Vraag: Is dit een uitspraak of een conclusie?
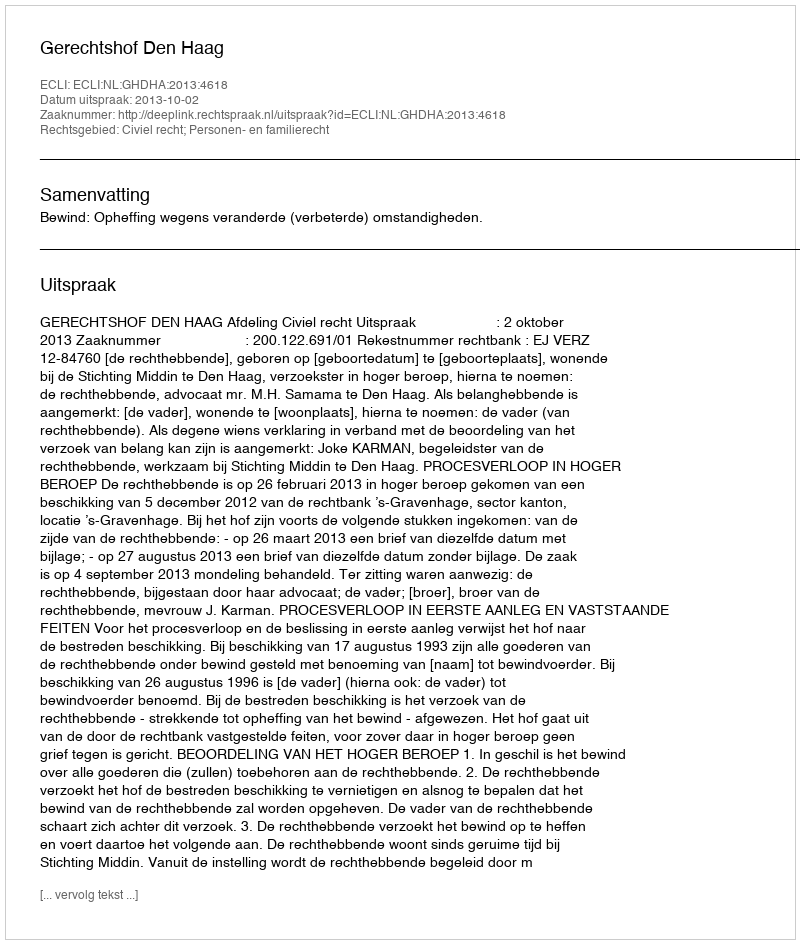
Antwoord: Uitspraak